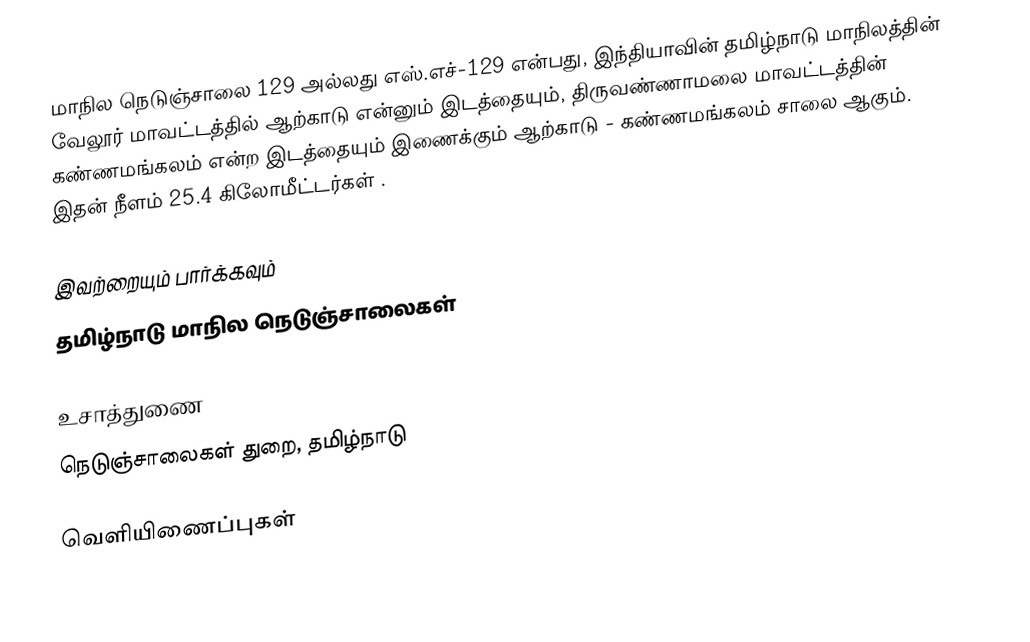
மாநில நெடுஞ்சாலை 129 அல்லது எஸ்.எச்-129 என்பது, இந்தியாவின் தமிழ்நாடு மாநிலத்தின் வேலூர் மாவட்டத்தில் ஆற்காடு என்னும் இடத்தையும், திருவண்ணாமலை மாவட்டத்தின் கண்ணமங்கலம் என்ற இடத்தையும் இணைக்கும் ஆற்காடு - கண்ணமங்கலம் சாலை ஆகும். இதன் நீளம் 25.4  கிலோமீட்டர்கள் .

இவற்றையும் பார்க்கவும்
 தமிழ்நாடு மாநில நெடுஞ்சாலைகள்

உசாத்துணை
 நெடுஞ்சாலைகள் துறை, தமிழ்நாடு

வெளியிணைப்புகள்